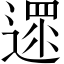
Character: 遝